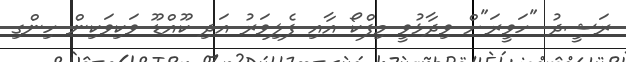
ރަޝީދު "ހަވީރަ"ށް ވިދާޅުވީ މިފްކޯ އާއި ފެލިވަރު އަދި ކޫއްޑޫ ވަކިވަކިން ހިންގި